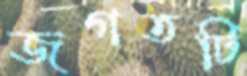
জগতটি